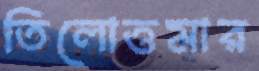
তিলোত্তমার